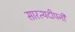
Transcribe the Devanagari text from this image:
सारत्थदीपनी